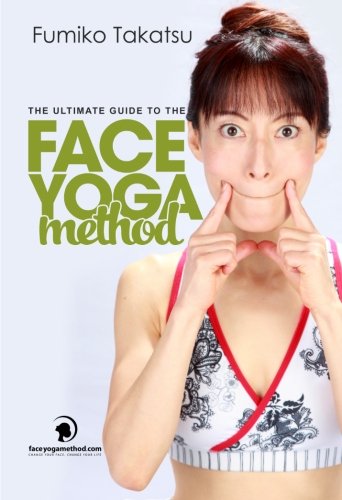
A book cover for The Ultimate Guide To The Face Yoga Method: Take Five Years Off Your Face; Fumiko Takatsu; Health, Fitness & Dieting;